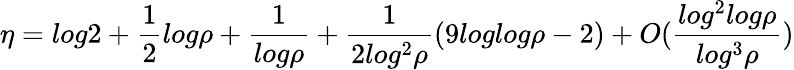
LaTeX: \eta=log2+\frac{1}{2}log\rho+\frac{1}{log\rho}+\frac{1}{2log^{2}\rho}(9loglog\rho-2)+O(\frac{log^{2}log\rho}{log^{3}\rho})